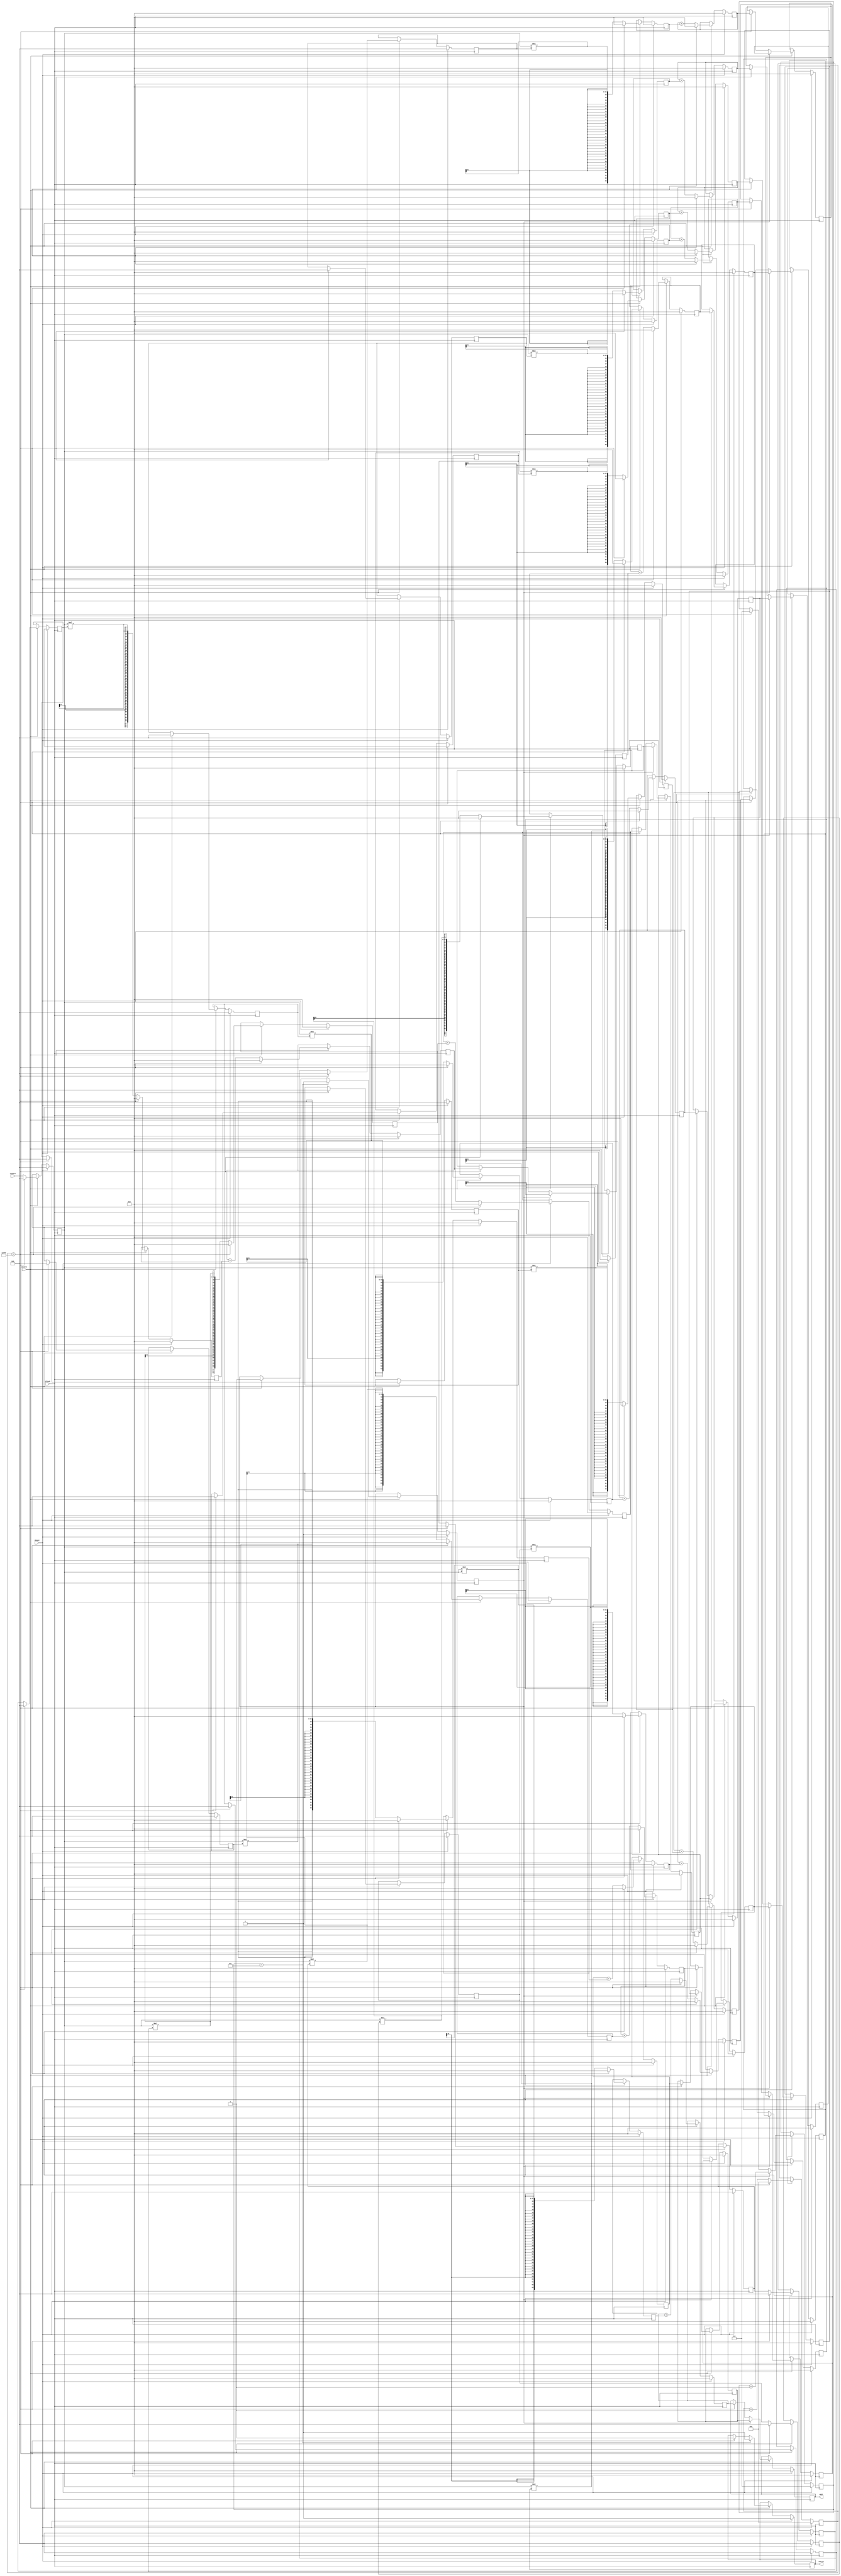
module GenerateAutocorrelationSums (
    input wire iClock,
    input wire iEnable, 
    input wire iReset,
    
    input wire signed [15:0] iSample,

    output wire [63:0] oACF,
    output wire oValid
    );

parameter LAGS = 12;
parameter BLOCK_SIZE = 4096;

reg [12:0] sample_count;

reg [3:0] send_count;
reg start_sending;
reg valid;

integer i;

reg signed [63:0] integer_acf_work [0:LAGS];
reg signed [63:0] integer_acf [0:LAGS];

reg signed [63:0] lags [0:LAGS];
reg signed [15:0] dataq [0:LAGS];

assign oACF = integer_acf[0];
assign oValid = valid;

always @(posedge iClock) begin
    if (iReset) begin
        /* Reset arrays */
        for (i = 0; i <= LAGS; i = i + 1) begin
            integer_acf[i] <= 0;
            integer_acf_work[i] <= 0;
            dataq[i] <= 0;
            lags[i] <= 0;
        end
        sample_count <= 0;
        
        start_sending <= 0;
        send_count <= 0;
        valid <= 0;
    end else if (iEnable) begin
        /* Shift the data through */
        for (i = LAGS - 1; i >= 0; i = i - 1) begin
            dataq[i + 1] <= dataq[i];
        end
        
        dataq[0] <= iSample;
        
        /* Calculate the lags */
        for (i = 0; i <= LAGS; i = i + 1) begin
            lags[i] <= dataq[0]*dataq[i];
        end
    
        /* Calculate the autocorrelation sums */
        for (i = 0; i <= LAGS; i = i + 1) begin
            integer_acf_work[i] <= integer_acf_work[i] + lags[i];
        end
        
        if (sample_count == BLOCK_SIZE - 1) begin
            /* Reset the sample count and the working sums, lags, dataq
             * Copy across the working sums to the fp calculation sums
             */
            sample_count <= 0;  
            
            for (i = 0; i <= LAGS; i = i + 1) begin
                integer_acf[i] <= integer_acf_work[i];
                integer_acf_work[i] <= 0;
                dataq[i] <= 0;
                lags[i] <= 0;
            end
        end else begin
            sample_count <= sample_count + 1'b1;
        end
        
        
        if (sample_count == BLOCK_SIZE - 1) begin
            /* Start the division process */
            start_sending <= 1;
            send_count <= 0;
            valid <= 1;
        end
        
        if (start_sending) begin
            send_count <= send_count + 1'b1;
            
            for (i = 0; i < LAGS; i = i + 1) begin
                integer_acf[i] <= integer_acf[i + 1];
            end
        end
        
        if (send_count == LAGS) begin
            start_sending <= 0;
            valid <= 0;
        end
        
    end
end
endmodule